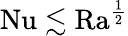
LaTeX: \mathrm{{Nu}}\lesssim\mathrm{{Ra}}^{\frac 12}